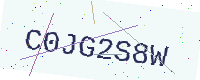
Text: C0JG2S8W